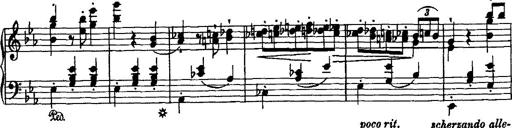
Title: Grande valse di bravura
Composer: Franz Liszt